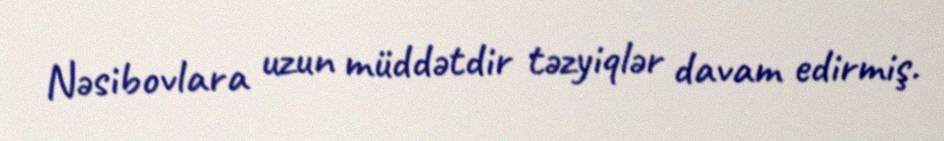
Nəsibovlara uzun müddətdir təzyiqlər davam edirmiş.